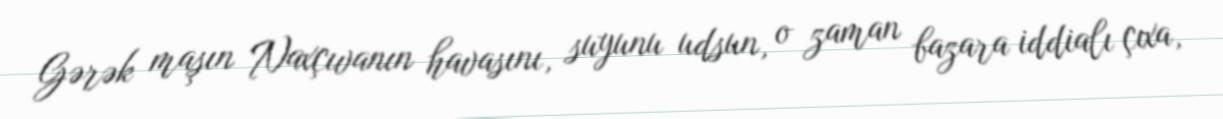
Gərək maşın Naxçıvanın havasını, suyunu udsun, o zaman bazara iddialı çıxa,